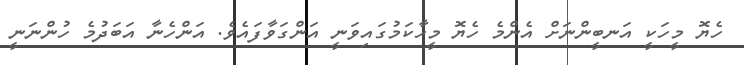
ހެޔޮ މީހަކީ އަނބީންނަށް އެންމެ ހެޔޮ މީހާކަމުގައިވަނީ އަންގަވާފައެވެ. އަންހެނާ އަބަދުމެ ހުންނަނީ